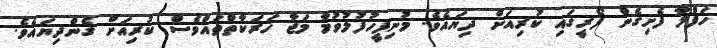
ހަފްލާ ފެށިގެން ފޯރީގައި ކުރިއަށް ދިޔައެވެ. މުނިފީހުފުލުވުމާ މަޖާ ހަރަކާތްތައްވެސް ކުރިއަށް ގެންދިޔައެވެ.